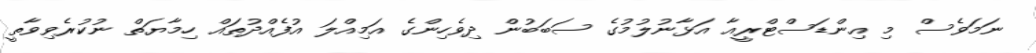
ނަމަވެސް މި އިންޑަސްޓްރީއާ އަޅާނުލުމުގެ ސަބަބުން ދިވެހިންގެ އަމިއްލަ އުފެއްދުތައް ހިމާޔަތް ނުކުރެވިވާތީ